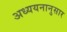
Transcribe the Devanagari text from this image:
अध्ययनानुसार